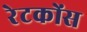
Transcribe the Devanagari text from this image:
रेटकोंस